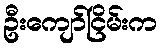
ဦးကျော်ငြိမ်းက